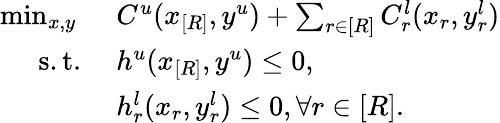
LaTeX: \begin{array}{rl}{\operatorname*{min}_{x,y}\ }&{C^{u}(x_{[R]},y^{u})+\sum_{r\in[R]}C_{r}^{l}(x_{r},y_{r}^{l})}\\ {\mathrm{s.t.}\ }&{h^{u}(x_{[R]},y^{u})\leq 0,}\\ &{h_{r}^{l}(x_{r},y_{r}^{l})\leq 0,\forall r\in[R].}\end{array}